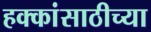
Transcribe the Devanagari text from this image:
हक्कांसाठीच्या